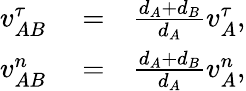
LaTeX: \begin{array}{rlr}{v_{AB}^{\tau}}&{{}=}&{\frac{d_{A}+d_{B}}{d_{A}}v_{A}^{\tau},}\\ {v_{AB}^{n}}&{{}=}&{\frac{d_{A}+d_{B}}{d_{A}}v_{A}^{n},}\end{array}